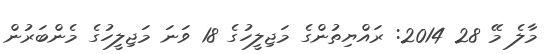
މާލެ މޭ 28 2014: ރައްޔިތުންގެ މަޖިލީހުގެ 18 ވަނަ މަޖިލީހުގެ މެންބަރުން